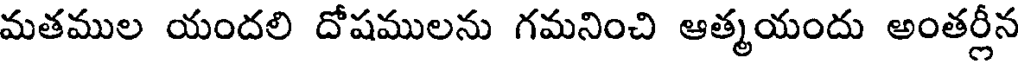
మతముల యందలి దోషములను గమనించి ఆత్మయందు అంతర్లీన